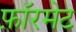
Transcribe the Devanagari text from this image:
फ़ॉरमेट